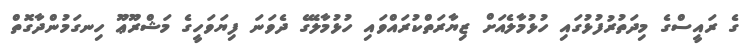
ގެ ރައީސްގެ މިދަތުރުފުޅުގައި ހުޅުމާލެއަށް ޒިޔާރަތްކުރައްވައި ހުޅުމާލޭގެ ދެވަނަ ފިޔަވަހީގެ މަޝްރޫޢޫ ހިނގަމުންދާގޮތް